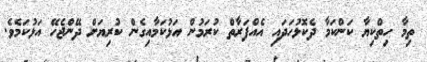
ތިމާ ހިތްކިޔާ ކަންކަމާ ދެކޮޅުހަދައި އެއްފަރާތް ކުރަމުން އަޅުކަމާއިގެން ކުރިޔަށް ދޭންޖެހޭ އަޅުކަމެވެ.